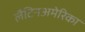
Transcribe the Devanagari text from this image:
लैटिनअमेरिका